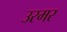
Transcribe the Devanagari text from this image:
उरमर